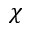
\chi